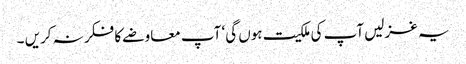
یہ غزلیں آپ کی ملکیت ہوں گی‘ آپ معاوضے کا فکر نہ کریں ۔